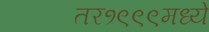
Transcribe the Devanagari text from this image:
तर१९९९मध्ये